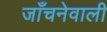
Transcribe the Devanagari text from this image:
जाँचनेवाली